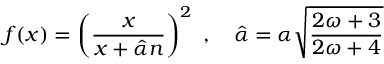
f ( x ) = \left( \frac { x } { x + \hat { \alpha } n } \right) ^ { 2 } \ , \ \ \ \hat { \alpha } = \alpha \sqrt { \frac { 2 \omega + 3 } { 2 \omega + 4 } }